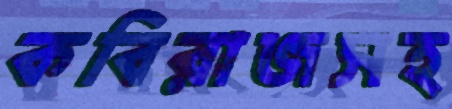
কবিরাজসহ